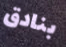
بنادق